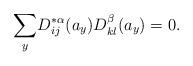
LaTeX: \begin{align*}\underset{y}{\sum }D_{ij}^{\ast \alpha }(a_{y})D_{kl}^{\beta }(a_{y})=0.\end{align*}